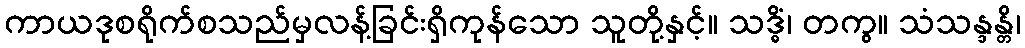
ကာယဒုစရိုက်စသည်မှလန့်ခြင်းရှိကုန်သော သူတို့နှင့်။ သဒ္ဓိံ၊ တကွ။ သံသန္ဒန္တိ၊